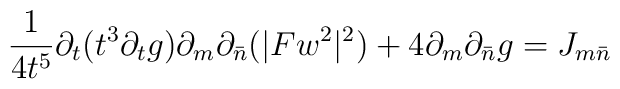
\frac{1}{4t^5} \partial_t (t^3 \partial_t g) \partial_m \partial_{\bar{n}}	(|Fw^2|^2) + 4 \partial_m \partial_{\bar{n}} g = J_{m \bar{n}}